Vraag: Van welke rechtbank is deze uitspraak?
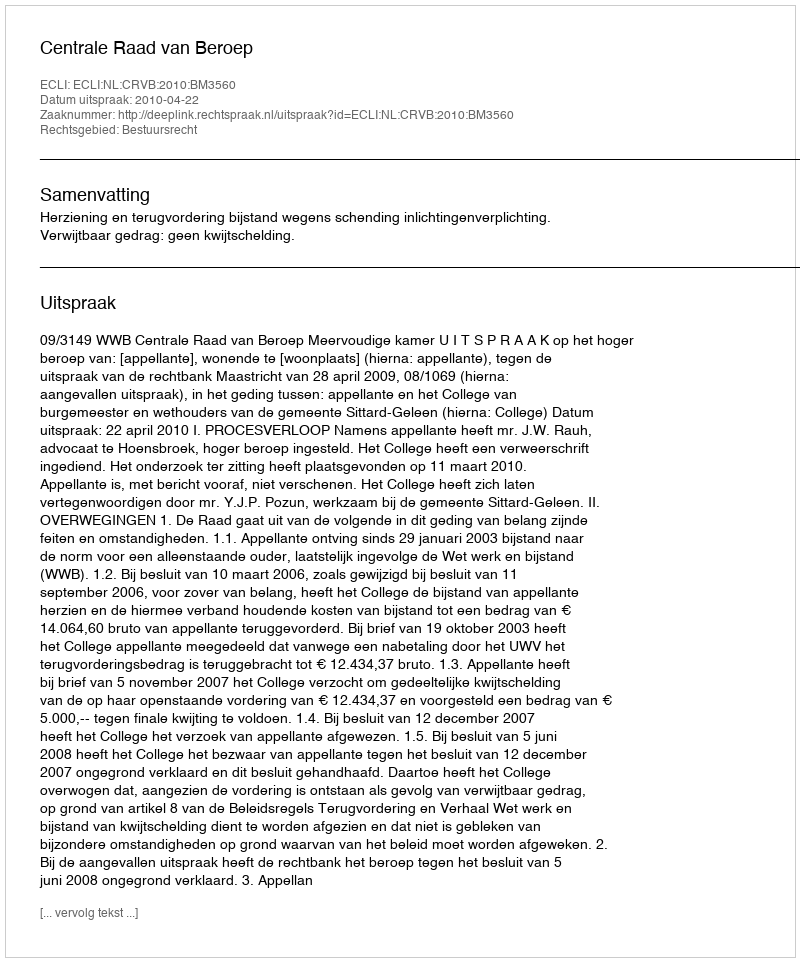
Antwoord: Centrale Raad van Beroep